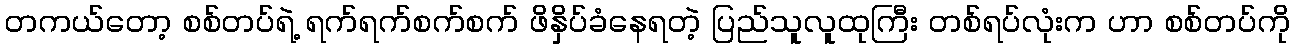
တကယ်တော့ စစ်တပ်ရဲ့ ရက်ရက်စက်စက် ဖိနှိပ်ခံနေရတဲ့ ပြည်သူလူထုကြီး တစ်ရပ်လုံးက ဟာ စစ်တပ်ကို